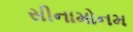
સીનામોનમ